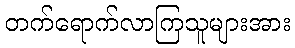
တက်ရောက်လာကြသူများအား